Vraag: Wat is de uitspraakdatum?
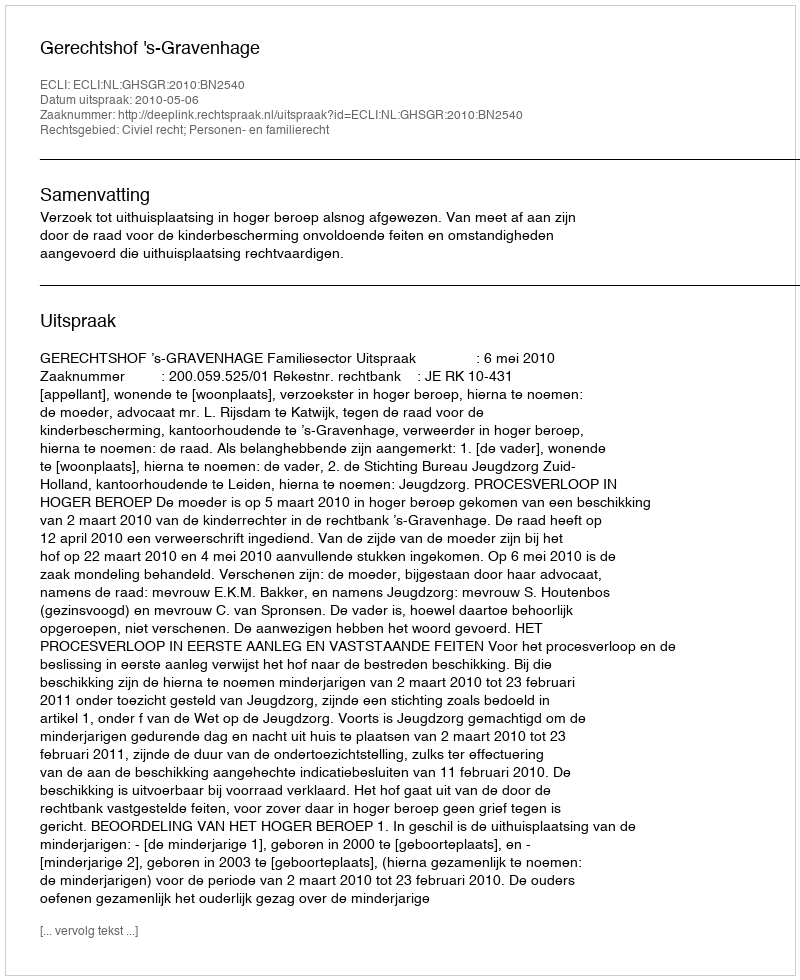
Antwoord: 2010-05-06